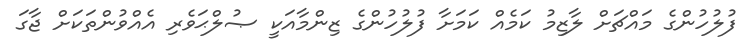
ފުލުހުންގެ މައްޗަށް ލާޒިމު ކަމެއް ކަމަށާ ފުލުހުންގެ ޒިންމާއަކީ ޞުލްޙަވެރި އެއްވުންތަކަށް ޖާގަ